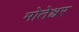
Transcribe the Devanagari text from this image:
मोतेश्वर